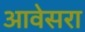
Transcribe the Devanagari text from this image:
आवेसरा